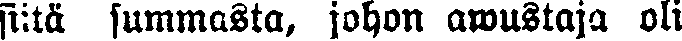
siitä summasta, johon awustaja oli